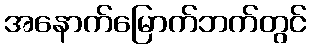
အနောက်မြောက်ဘက်တွင်